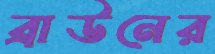
ব্রাউনের